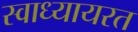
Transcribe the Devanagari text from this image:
स्वाध्यायरत